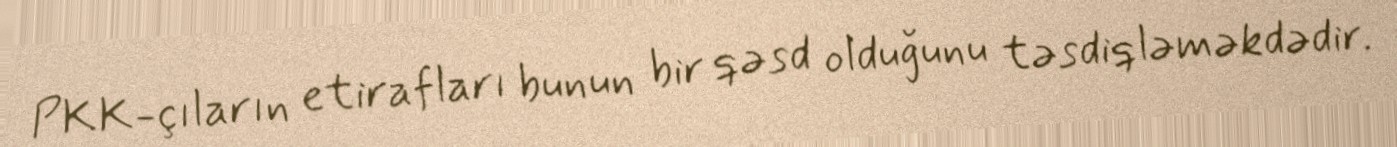
PKK-çıların etirafları bunun bir qəsd olduğunu təsdiqləməkdədir.